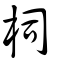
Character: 柌